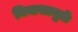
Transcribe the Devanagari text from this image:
निवासामुळे